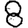
Digit: 8